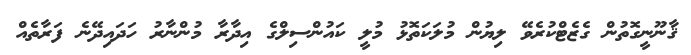
ޤާނޫނީގޮތުން ގެޒެޓްކުރެވޭ ލިޔުން މުލަކަތޮޅު މުލީ ކައުންސިލްގެ އިދާރާ މުންނާރު ހަދައިދޭނެ ފަރާތެއް